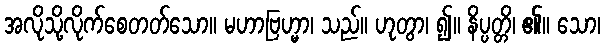
အလိုသို့လိုက်စေတတ်သော။ မဟာဗြဟ္မာ၊ သည်။ ဟုတွာ၊ ၍။ နိပ္ပတ္တိ၊ ၏။ သော၊